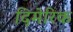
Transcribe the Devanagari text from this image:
दिमेरिक